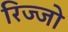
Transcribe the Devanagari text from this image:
रिज्‍जो